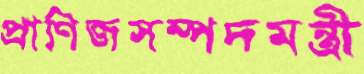
প্রাণিজসম্পদমন্ত্রী